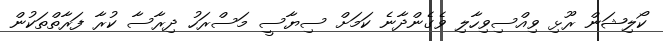
ކޯލިޝަން ރޫޅި ވިއްސިވިހާލި ވެގެންދާނެ ކަމަށް ސިޔާސީ މަސްރަހު ދިރާސާ ކުރާ ފަރާތްތަކުން